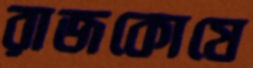
রাজকোষে